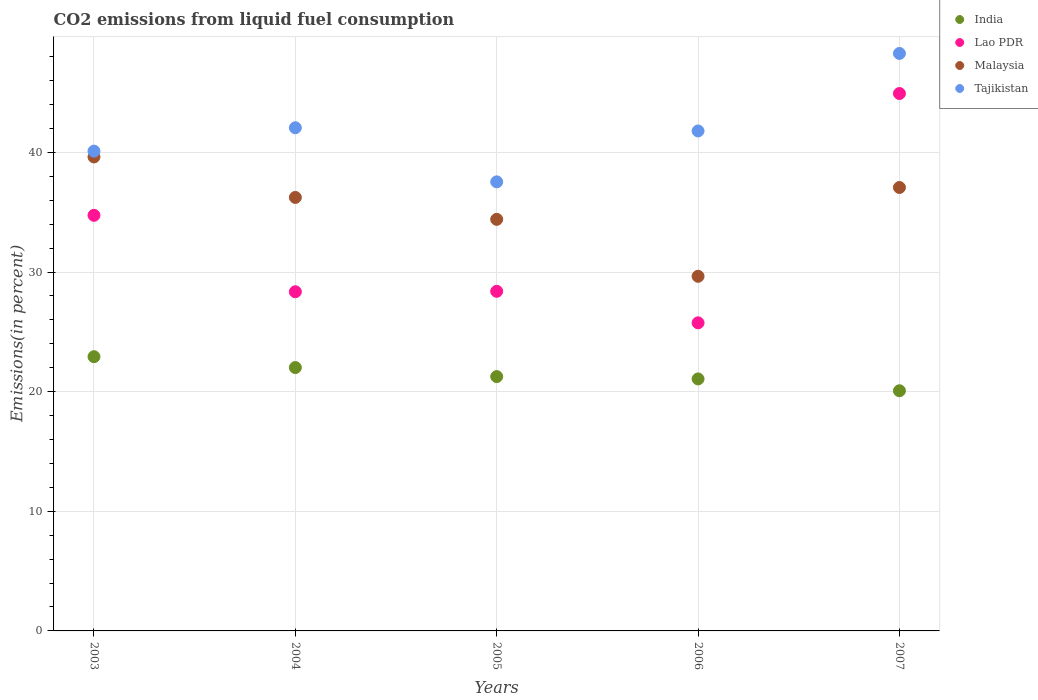
| Years | India | Lao PDR | Malaysia | Tajikistan |
 | --- | --- | --- | --- | --- |
 | 2003 | 22.9 | 34.7 | 39.6 | 40.1 |
 | 2004 | 22 | 28.4 | 36.2 | 42.1 |
 | 2005 | 21.3 | 28.4 | 34.4 | 37.5 |
 | 2006 | 21.1 | 25.8 | 29.6 | 41.8 |
 | 2007 | 20.1 | 44.9 | 37.1 | 48.3 |